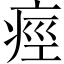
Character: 痙